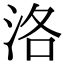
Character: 洛